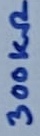
Text: 300kΩ